Madras marine plague regulations
Disease focus: Plague
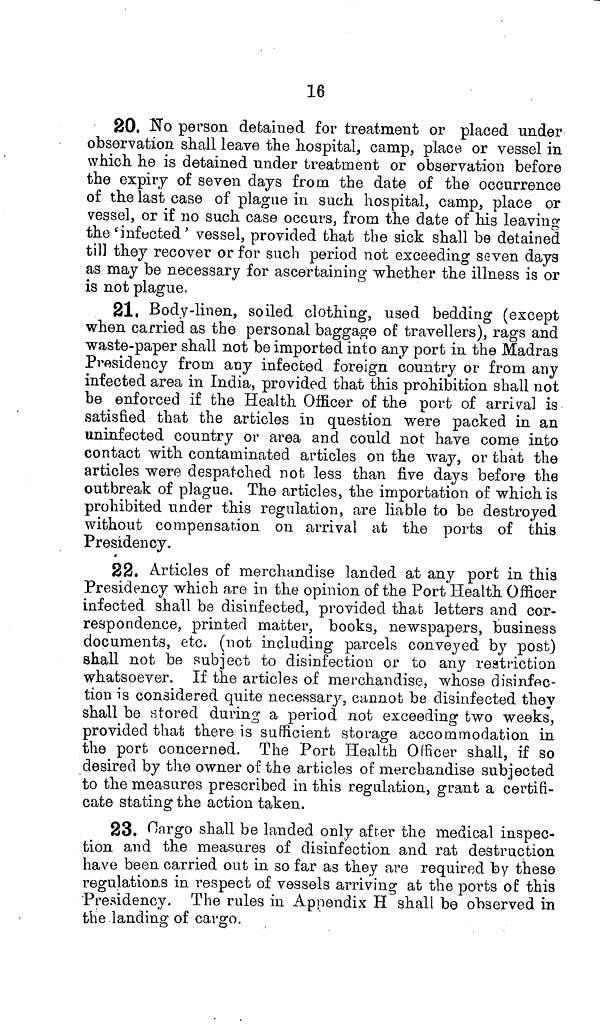
16
20. No person detained for treatment or placed under
observation shall leave the hospital, camp, place or vessel in
which he is detained under treatment or observation before
the expiry of seven days from the date of the occurrence
of the last case of plague in such hospital, camp, place or
vessel, or if no such case occurs, from the date of his leaving:
the 'infected' vessel, provided that the sick shall be detained
till they recover or for such period not exceeding seven days
as may be necessary for ascertaining whether the illness is or
is not plague.
21. Body-linen, soiled clothing, used bedding (except
when carried as the personal baggage of travellers), rags and
waste-paper shall not be imported into any port in the Madras
Presidency from any infected foreign country or from any
infected area in India, provided that this prohibition shall not
be enforced if the Health Officer of the port of arrival is
satisfied that the articles in question were packed in an
uninfected country or area and could not have come into
contact with contaminated articles on the way, or that the
articles were despatched not less than five days before the
outbreak of plague. The articles, the importation of which is
prohibited under this regulation, are liable to be destroyed
without compensation on arrival at the ports of this
Presidency.
22. Articles of merchandise landed at any port in this
Presidency which are in the opinion of the Port Health Officer
infected shall be disinfected, provided that letters and cor-
respondence, printed matter, books, newspapers, business
documents, etc. (not including parcels conveyed by post)
shall not be subject to disinfection or to any restriction
whatsoever. If the articles of merchandise, whose disinfec-
tion is considered quite necessary, cannot be disinfected they
shall be stored during a period not exceeding two weeks,
provided that there is sufficient storage accommodation in
the port concerned. The Port Health Officer shall, if so
desired by the owner of the articles of merchandise subjected
to the measures prescribed in this regulation, grant a certifi-
cate stating the action taken.
23. Cargo shall be landed only after the medical inspec-
tion and the measures of disinfection and rat destruction
have been carried out in so far as they are required by these
regulations in respect of vessels arriving at the ports of this
Presidency. The rules in Appendix H shall be observed in
the landing of cargo.